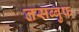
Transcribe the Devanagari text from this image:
तसब्बुफ